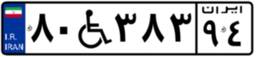
۸۰W۳۸۳۹۴